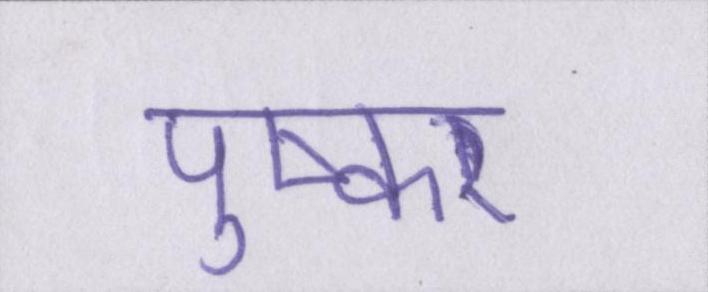
पुष्कर